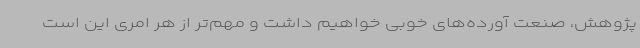
پژوهش، صنعت آورده‌های خوبی خواهیم داشت و مهم‌تر از هر امری این است